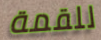
للقمة